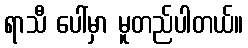
ရာသီ ပေါ်မှာ မူတည်ပါတယ်။